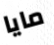
مايا